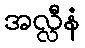
အလ္လီနံ